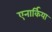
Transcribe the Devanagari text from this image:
एनार्किया